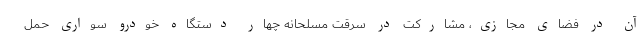
آن در فضای مجازی، مشارکت در سرقت مسلحانه چهار دستگاه خودرو سواری حمل